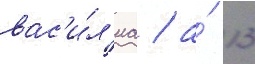
вас'и́л'иа / а́ 13